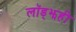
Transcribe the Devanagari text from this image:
लॉड्झही